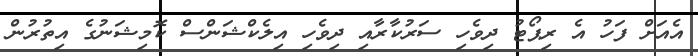
އެއަށް ފަހު އެ ރިޕޯޓު ދިވެހި ސަރުކާރާއި ދިވެހި އިލެކްޝަންސް ކޮމިޝަނުގެ އިތުރުން